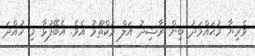
ވެރިޔާ މުޙައްމަދު ބިން ރާޝިދު އަލް މަކްތޫމު އެވެ. އެބޭފުޅާ މި ހުއްދަ